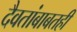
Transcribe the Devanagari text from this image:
दैवतांबाबतही